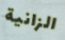
الزانية